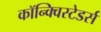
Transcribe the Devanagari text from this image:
कॉन्क्विस्टेडर्स